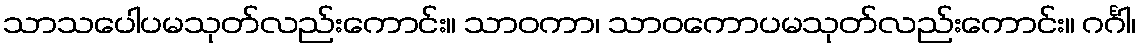
သာသပေါပမသုတ်လည်းကောင်း။ သာဝကာ၊ သာဝကောပမသုတ်လည်းကောင်း။ ဂင်္ဂါ၊